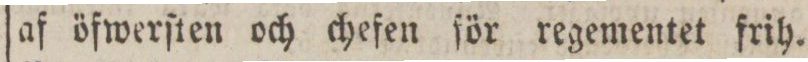
af öfwerſten och chefen för regementet frih.